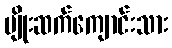
မျိုးဆက်ကျောင်းသား